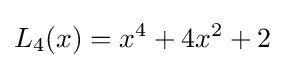
L_{4}(x)=x^{4}+4x^{2}+2